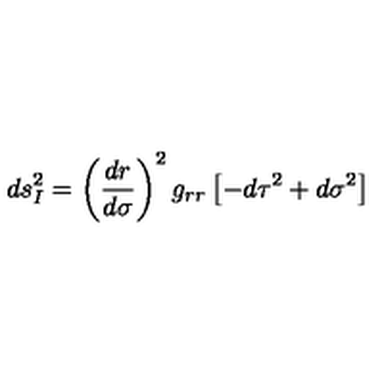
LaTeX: d s _ { I } ^ { 2 } = \left( \frac { d r } { d \sigma } \right) ^ { 2 } g _ { r r } \left[ - d \tau ^ { 2 } + d \sigma ^ { 2 } \right]